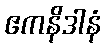
ဧကနိဒါနံ